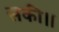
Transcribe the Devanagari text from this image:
सकी।।